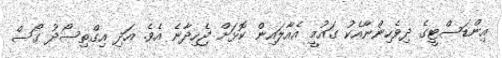
އިންޑަސްޓީގެ ދިވެހިންނާއެކު ގައުމީ އެއާލައިން ކޮޅަށް ޖެހިދާނެ އެވެ. އަދި އިގްތިސޯދު ގޯސް